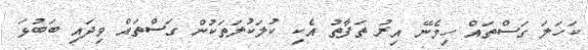
ކަހަލަ ގަސްތައް ހިމެނޭ އިރު ތަފާތު އެކި ކުލަކުލަތަކުން ގަސްތައް ވިދައި ބަބުޅަ